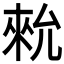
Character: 𪝗